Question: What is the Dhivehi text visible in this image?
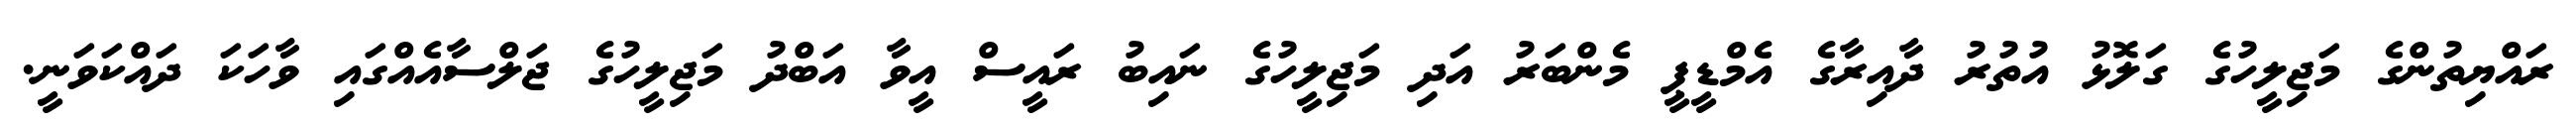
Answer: ރައްޔިތުންގެ މަޖިލީހުގެ ގަލޮޅު އުތުރު ދާއިރާގެ އެމްޑީޕީ މެންބަރު އަދި މަޖިލީހުގެ ނައިބު ރައީސް އީވާ އަބްދު މަޖިލީހުގެ ޖަލްސާއެއްގައި ވާހަކަ ދައްކަވަނީ.